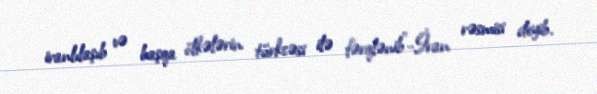
iranlılaşıb və başqa ölkələrin türkcəsi ilə fərqlənib”-İran rəsmisi deyib.